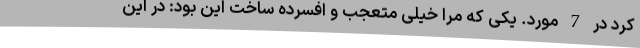
کرد در 7 مورد‌. یکی که مرا خیلی متعجب و افسرده ساخت این بود: در این